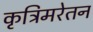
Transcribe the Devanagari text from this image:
कृत्रिमरेतन